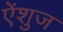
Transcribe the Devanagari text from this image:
ऐंशुज